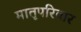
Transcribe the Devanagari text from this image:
मातृपरिवार